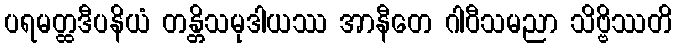
ပရမတ္ထဒီပနိယံ တန္တိသမုဒါယဿ အာနီတေ ဂါဝီသမညာ သိဗ္ဗိဿတိ